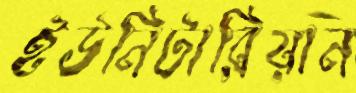
ইউনিটারিয়ান